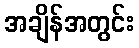
အချိန်အတွင်း